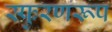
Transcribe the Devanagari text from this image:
स्फुरणरूप